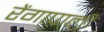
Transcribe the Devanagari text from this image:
रेंगापाली